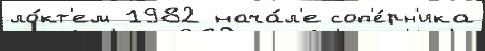
ло́кт'ем 1982 нача́л'е соп'е́рн'ика